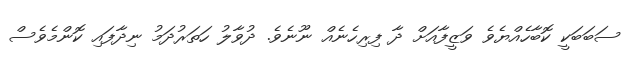
ސަބަބަކީ ކޮބާހެއްޔެވެ ވަޒީފާއަށް ދާ ފިރިހެނެއް ނޫނެވެ. ދުވާލު ހަތަރުދަމު ނިދާފައި ކޮންމެވެސް